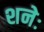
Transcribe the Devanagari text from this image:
शनेः